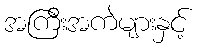
အကြီးအကဲများနှင့်